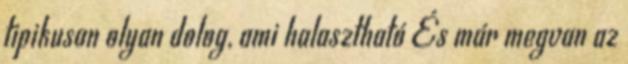
tipikusan olyan dolog, ami halasztható És már megvan az